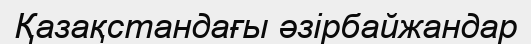
Қазақстандағы әзірбайжандар